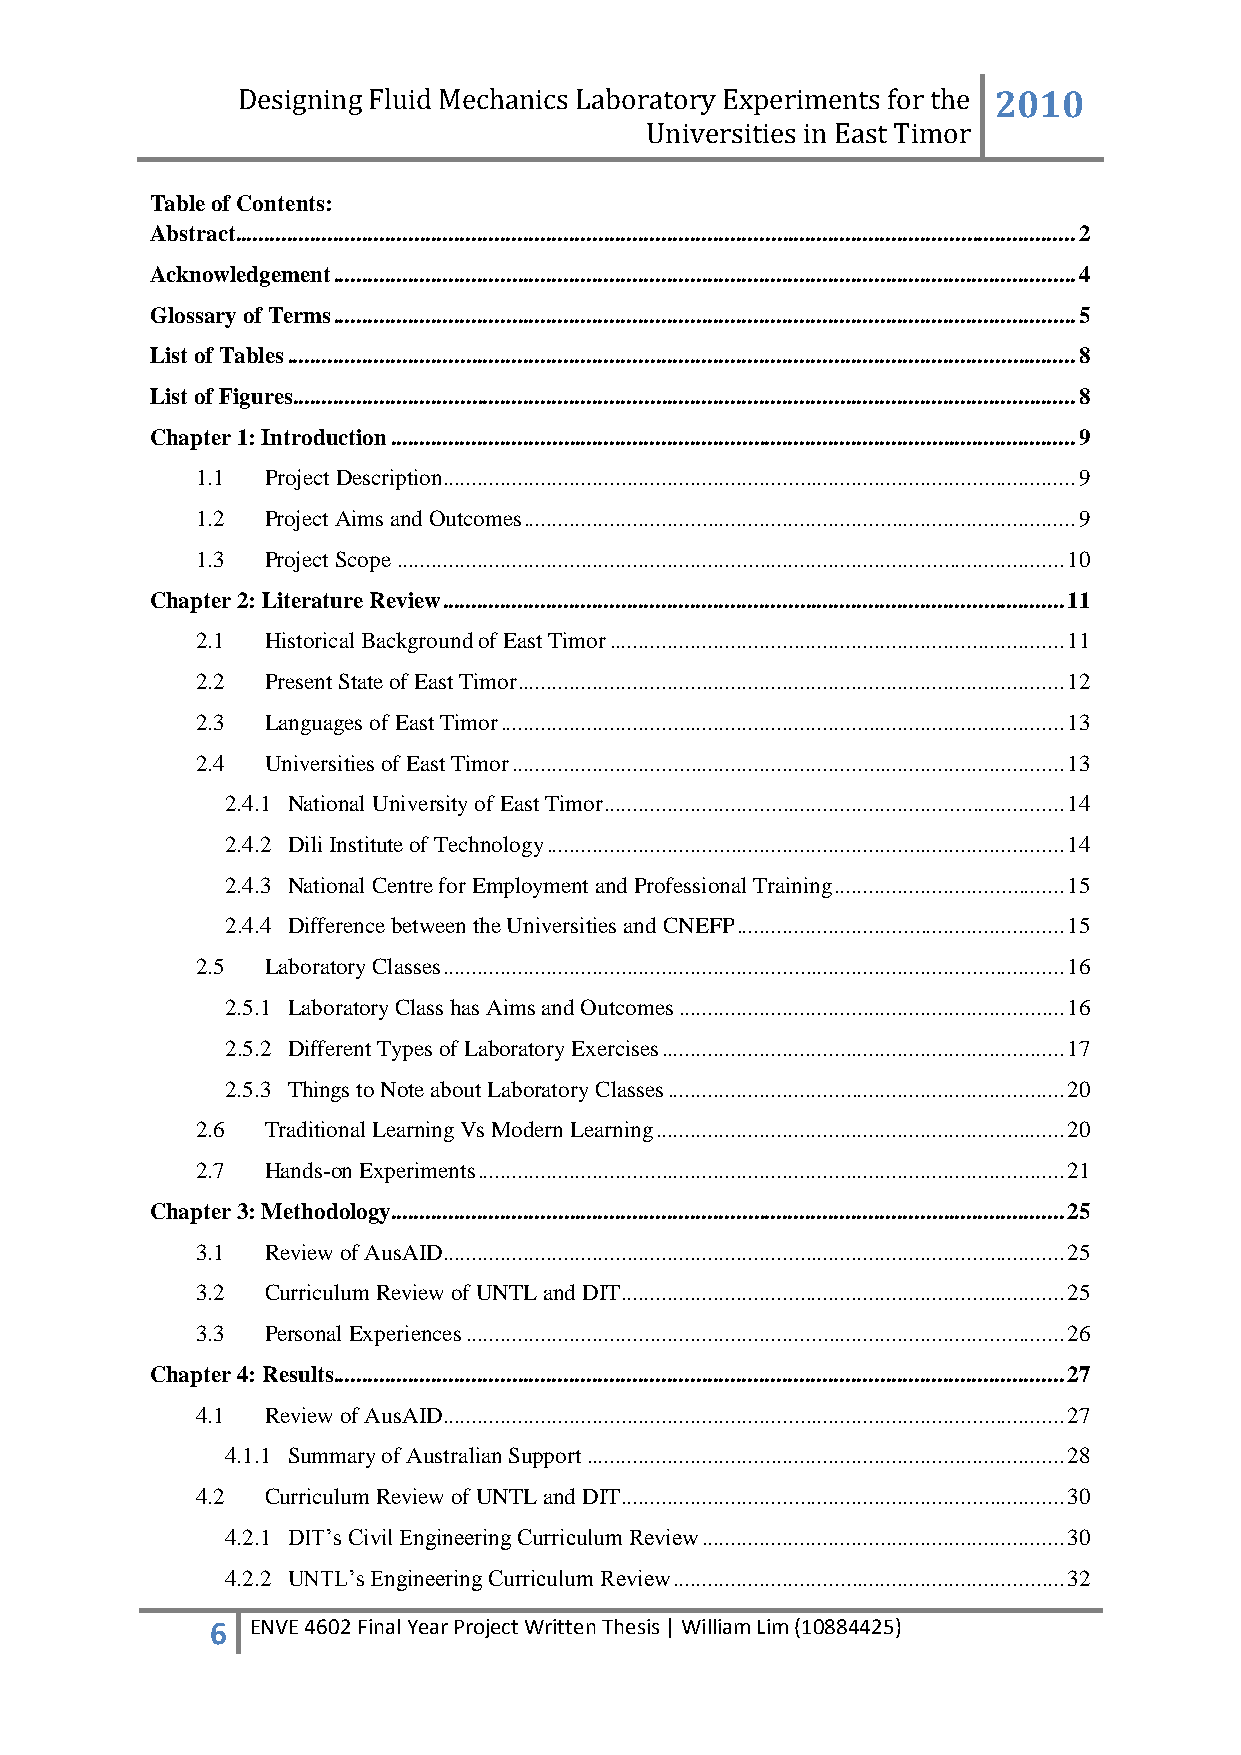
Designing Fluid Mechanics Laboratory Experiments for the 2010
 Universities in East Timor
 Table of Contents:
 Abstract .................................................................................................................................................. 2
 Acknowledgement ................................................................................................................................. 4
 Glossary of Terms ................................................................................................................................. 5
 List of Tables ......................................................................................................................................... 8
 List of Figures ........................................................................................................................................ 8
 Chapter 1: Introduction ....................................................................................................................... 9
 1.1  Project Description .............................................................................................................. 9
 1.2  Project Aims and Outcomes ................................................................................................ 9
 1.3  Project Scope .................................................................................................................... 10
 Chapter 2: Literature Review ............................................................................................................ 11
 2.1  Historical Background of East Timor ............................................................................... 11
 2.2  Present State of East Timor ............................................................................................... 12
 2.3  Languages of East Timor .................................................................................................. 13
 2.4  Universities of East Timor ................................................................................................ 13
 2.4.1 National University of East Timor ................................................................................ 14
 2.4.2 Dili Institute of Technology .......................................................................................... 14
 2.4.3 National Centre for Employment and Professional Training ........................................ 15
 2.4.4 Difference between the Universities and CNEFP ......................................................... 15
 2.5  Laboratory Classes ............................................................................................................ 16
 2.5.1 Laboratory Class has Aims and Outcomes ................................................................... 16
 2.5.2 Different Types of Laboratory Exercises ...................................................................... 17
 2.5.3 Things to Note about Laboratory Classes ..................................................................... 20
 2.6  Traditional Learning Vs Modern Learning ....................................................................... 20
 2.7  Hands-on Experiments ...................................................................................................... 21
 Chapter 3: Methodology ..................................................................................................................... 25
 3.1  Review of AusAID............................................................................................................ 25
 3.2  Curriculum Review of UNTL and DIT ............................................................................. 25
 3.3  Personal Experiences ........................................................................................................ 26
 Chapter 4: Results ............................................................................................................................... 27
 4.1  Review of AusAID............................................................................................................ 27
 4.1.1 Summary of Australian Support ................................................................................... 28
 4.2  Curriculum Review of UNTL and DIT ............................................................................. 30
 4.2.1 DIT‟s Civil Engineering Curriculum Review ............................................................... 30
 4.2.2 UNTL‟s Engineering Curriculum Review .................................................................... 32
 6  ENVE 4602 Final Year Project Written Thesis | William Lim (10884425)